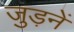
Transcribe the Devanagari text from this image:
जुड़नें